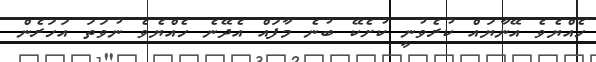
ހެއްޔެވެ އޭނާޔައް ކުރެވުނީ ކުށެކޭ ބުނެ މާފައް އެދޭނެ ހެއްޔެވެ ނުވަތަ އަހަރެން